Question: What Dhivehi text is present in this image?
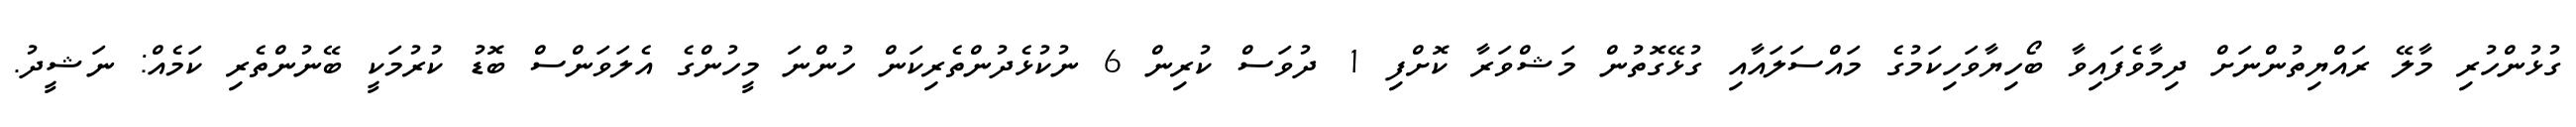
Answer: ގުޅުންހުރި މާލޭ ރައްޔިތުންނަށް ދިމާވެފައިވާ ބޯހިޔާވަހިކަމުގެ މައްސަލައާއި ގުޅޭގޮތުން މަޝްވަރާ ކޮށްފި 1 ދުވަސް ކުރިން 6 ނުކުޅެދުންތެރިކަން ހުންނަ މީހުންގެ އެލަވަންސް ބޮޑު ކުރުމަކީ ބޭނުންތެރި ކަމެއް: ނަޝީދު.